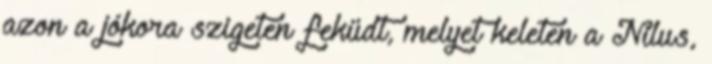
azon a jókora szigeten feküdt, melyet keleten a Nilus,